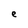
Character: e